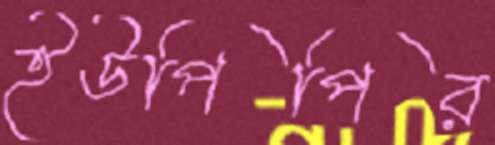
ইউপিপির